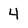
Character: 4